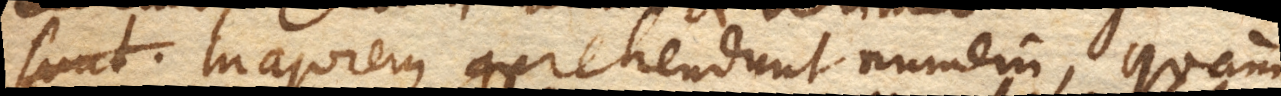
sunt. , majorem comprehendunt numerum, quam